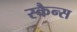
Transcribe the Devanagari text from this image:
स्कैन्स